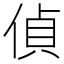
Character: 偵